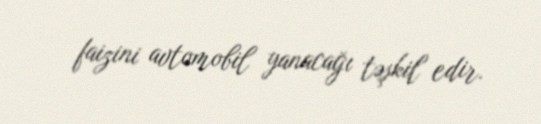
faizini avtomobil yanacağı təşkil edir.